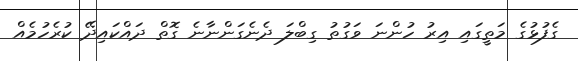
ގެފުޅުގެ މަތީގައި އިރު ހުންނަ ވަގުތު ގިބްލަ ދެނެގަންނާނެ ގޮތް ދައްކައިދޭ ކުރެހުމެއް